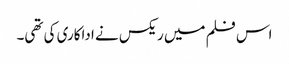
اس فلم میں ریکس نے اداکاری کی تھی۔